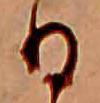
日